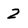
Character: 2